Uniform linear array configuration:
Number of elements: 12
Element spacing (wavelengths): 0.25
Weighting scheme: exponential
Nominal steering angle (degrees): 60
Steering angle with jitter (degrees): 61.231
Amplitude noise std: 0.05
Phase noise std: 0.05

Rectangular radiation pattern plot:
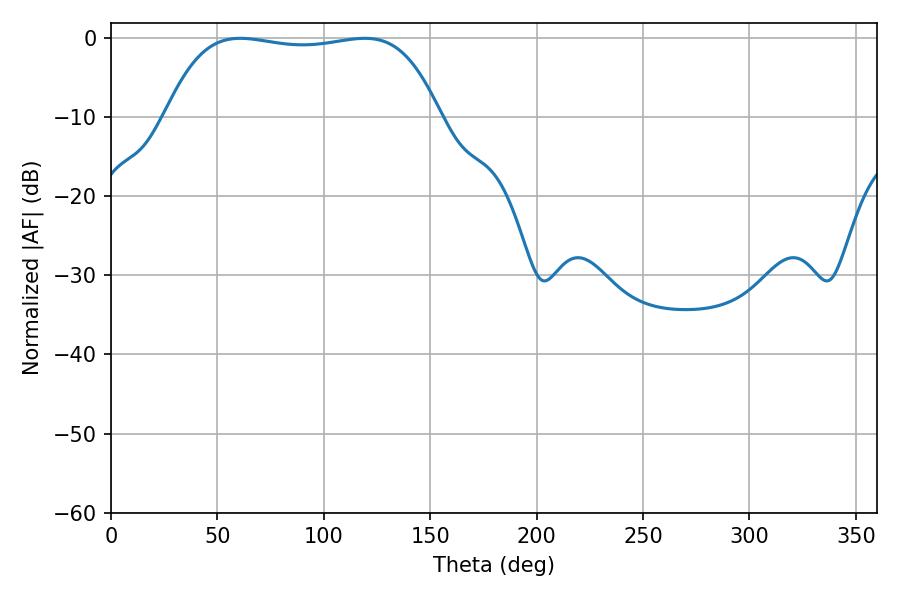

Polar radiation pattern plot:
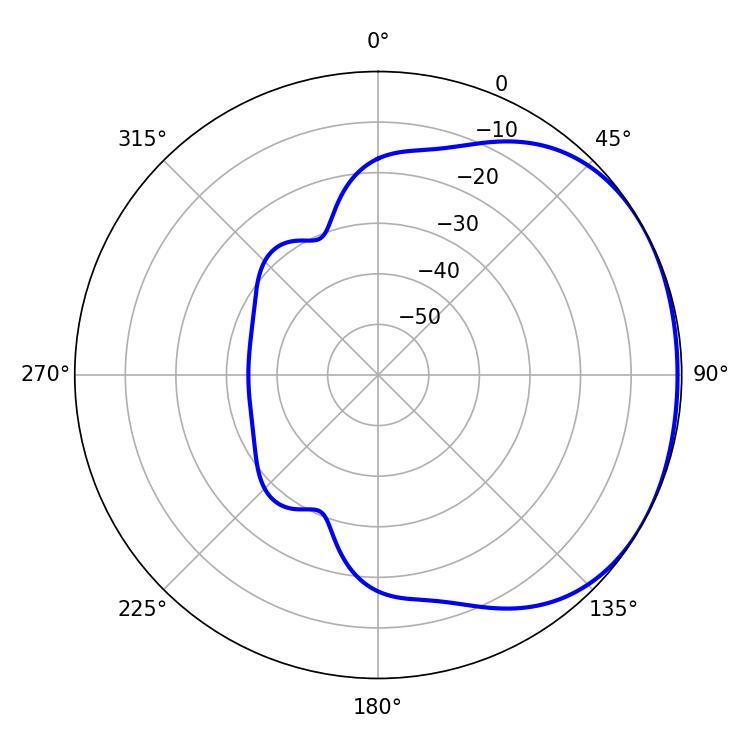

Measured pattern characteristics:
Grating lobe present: FALSE
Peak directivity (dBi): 1.381
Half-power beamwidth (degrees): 101.88
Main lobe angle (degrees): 60.84